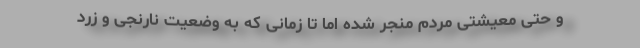
و حتی معیشتی مردم منجر شده اما تا زمانی که به وضعیت نارنجی و زرد